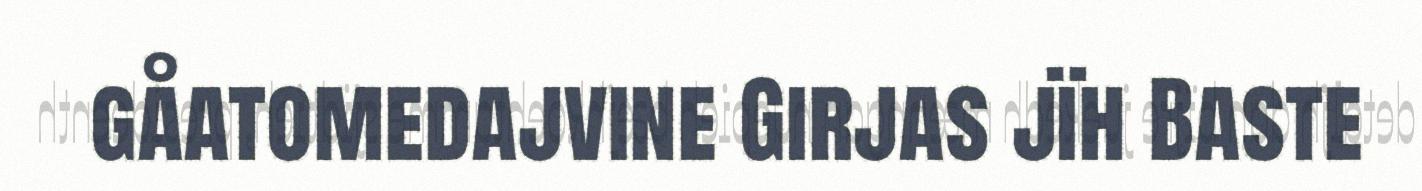
gåatomedajvine Girjas jïh Baste